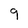
Character: 9